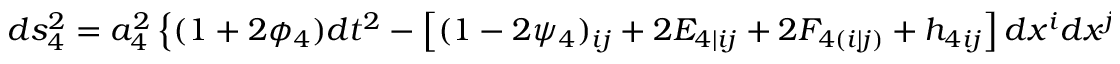
d s _ { 4 } ^ { 2 } = a _ { 4 } ^ { 2 } \left\{ ( 1 + 2 \phi _ { 4 } ) d t ^ { 2 } - \left[ ( 1 - 2 \psi _ { 4 } ) \O _ { i j } + 2 E _ { 4 | i j } + 2 F _ { 4 ( i | j ) } + h _ { 4 i j } \right] d x ^ { i } d x ^ { j } + W _ { 4 i } d t d x ^ { i } \right\} \; .